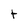
Character: t